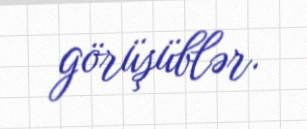
görüşüblər.